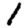
Digit: 1